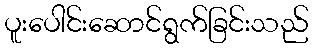
ပူးပေါင်းဆောင်ရွက်ခြင်းသည်